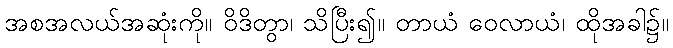
အစအလယ်အဆုံးကို။ ဝိဒိတွာ၊ သိပြီး၍။ တာယံ ဝေလာယံ၊ ထိုအခါ၌။